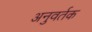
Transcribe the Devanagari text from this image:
अनुवर्तक